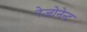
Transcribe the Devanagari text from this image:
रेजोनेन्ट